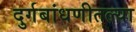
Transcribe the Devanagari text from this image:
दुर्गबांधणीतल्या